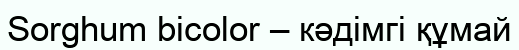
Sorghum bicolor – кәдімгі құмай